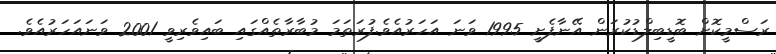
ރަސްމީކޮށް ބޮޑީބިލްޑުކުރަން އޭނާފެށީ 1995 ވަނަ އަހަރުއެވެ.ފުރަތަމަ މުބާރާތެއްގައި ބައިވެރިވީ 2001 ވަނައަހަރުއެވެ.